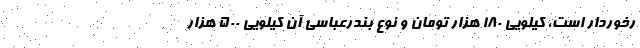
رخوردار است، کیلویی ۱۸۰ هزار تومان و نوع بندرعباسی آن کیلویی ۵۰۰ هزار